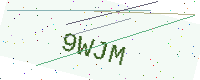
Text: 9WJM